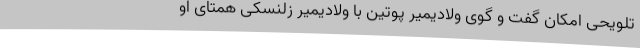
تلویحی امکان گفت و گوی ولادیمیر پوتین با ولادیمیر زلنسکی همتای او